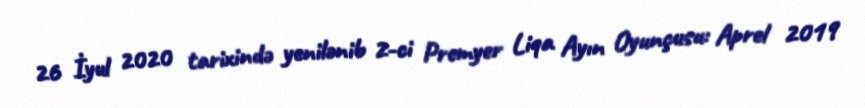
26 İyul 2020 tarixində yenilənib 2-ci Premyer Liqa Ayın Oyunçusu: Aprel 2019